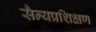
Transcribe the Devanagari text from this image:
सैन्यप्रशिक्षण